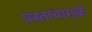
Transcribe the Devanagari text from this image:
प्रस्तावामुळे